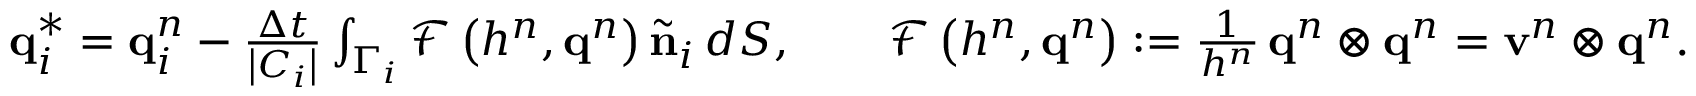
\begin{array} { r } { \mathbf { q } _ { i } ^ { * } = \mathbf { q } _ { i } ^ { n } - \frac { \Delta t } { \left| C _ { i } \right| } \int _ { \Gamma _ { i } } \mathbf { \mathcal { F } } \left( h ^ { n } , \mathbf { q } ^ { n } \right) \tilde { \mathbf { n } } _ { i } \, d S , \qquad \mathbf { \mathcal { F } } \left( h ^ { n } , \mathbf { q } ^ { n } \right) : = \frac { 1 } { h ^ { n } } \, \mathbf { q } ^ { n } \otimes \mathbf { q } ^ { n } = \mathbf { v } ^ { n } \otimes \mathbf { q } ^ { n } . } \end{array}